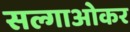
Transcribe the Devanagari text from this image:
सल्गाओकर